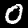
Label: 0